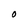
Character: o